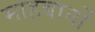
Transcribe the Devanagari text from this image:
माहबानों